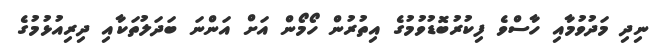
ނިދި މަދުވުމާއި ހާސްވެ ފިކުރުބޮޑުވުމުގެ އިތުރުން ހޯމޯން އަށް އަންނަ ބަދަލުތަކާއި ދިރިއުޅުމުގެ